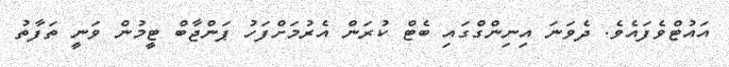
އައުޓްވެފައެވެ. ދެވަނަ އިނިންގްގައި ބެޓް ކުރަން އެރުމަށްފަހު ޕަންޖާބް ޓީމުން ވަނީ ތަފާތު